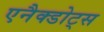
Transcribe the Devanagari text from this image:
एनैक्डोट्स